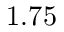
1 . 7 5